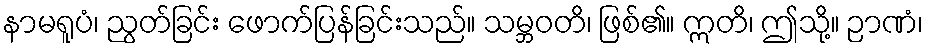
နာမရူပံ၊ ညွတ်ခြင်း ဖောက်ပြန်ခြင်းသည်။ သမ္ဘဝတိ၊ ဖြစ်၏။ ဣတိ၊ ဤသို့။ ဉာဏံ၊